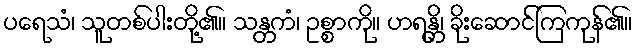
ပရေသံ၊ သူတစ်ပါးတို့၏။ သန္တကံ၊ ဥစ္စာကို။ ဟရန္တိ၊ ခိုးဆောင်ကြကုန်၏။